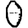
Digit: 0